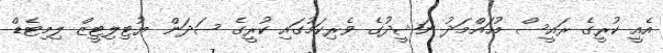
އެއީ ކުރީގެ ރައީސް މުހައްމަދު ނަޝީދުގެ ވެރިކަމުގައި ކުރީގެ ސަދަން ޔުޓިލިޓީޒް ލިމިޓެޑް